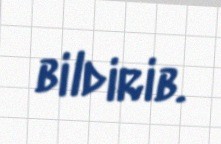
bildirib.